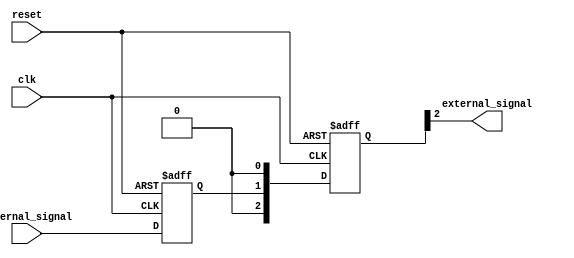
module io_block_TTL_buffer (
  input wire clk,
  input wire reset,
  input wire internal_signal,
  output reg external_signal
);

reg internal_reg;
reg [2:0] output_reg;

always @(posedge clk or posedge reset) begin
  if (reset) begin
    internal_reg <= 1'b0;
  end else begin
    internal_reg <= internal_signal;
  end
end

always @(posedge clk or posedge reset) begin
  if (reset) begin
    output_reg <= 3'b000;
  end else begin
    output_reg <= {internal_reg, 1'b0};
  end
end

assign external_signal = output_reg[2];

endmodule